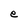
Character: e